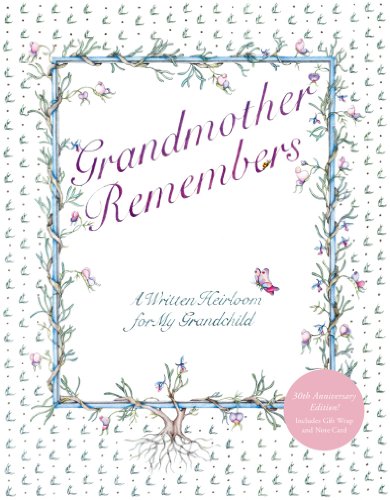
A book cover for Grandmother Remembers 30th Anniversary Edition; Judith Levy; Crafts, Hobbies & Home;